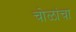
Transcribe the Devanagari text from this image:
चोळांचा